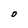
Character: O